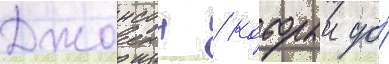
Джонсон / которыи до́